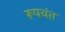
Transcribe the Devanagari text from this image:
रूपवंत